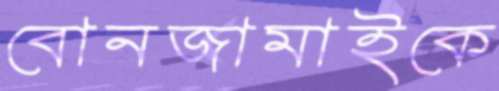
বোনজামাইকে